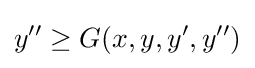
y''\geq G(x,y,y',y'')